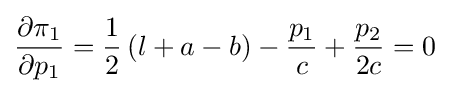
{\frac {\partial \pi _{1}}{\partial p_{1}}}={\frac {1}{2}}\left(l+a-b\right)-{\frac {p_{1}}{c}}+{\frac {p_{2}}{2c}}=0